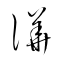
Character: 譁